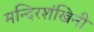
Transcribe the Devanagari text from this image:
मन्दिरशंखिनी